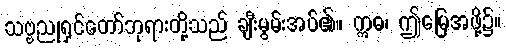
သဗ္ဗညုရှင်တော်ဘုရားတို့သည် ချီးမွမ်းအပ်၏။ ဣဓ၊ ဤမြေအဖို့၌။